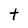
Character: t